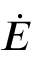
\dot { E }